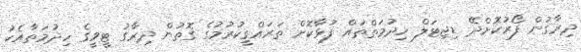
ދިރާގުން ފޯރުކޮށްދޭ ޑިޖިޓަލް ހިދުމަތްތައް ފުޅާކޮށް ތަރައްގީކުރުމުގެ ގޮތުން ދިރާގު ޓީވީގެ ހިދުމަތާއެކު